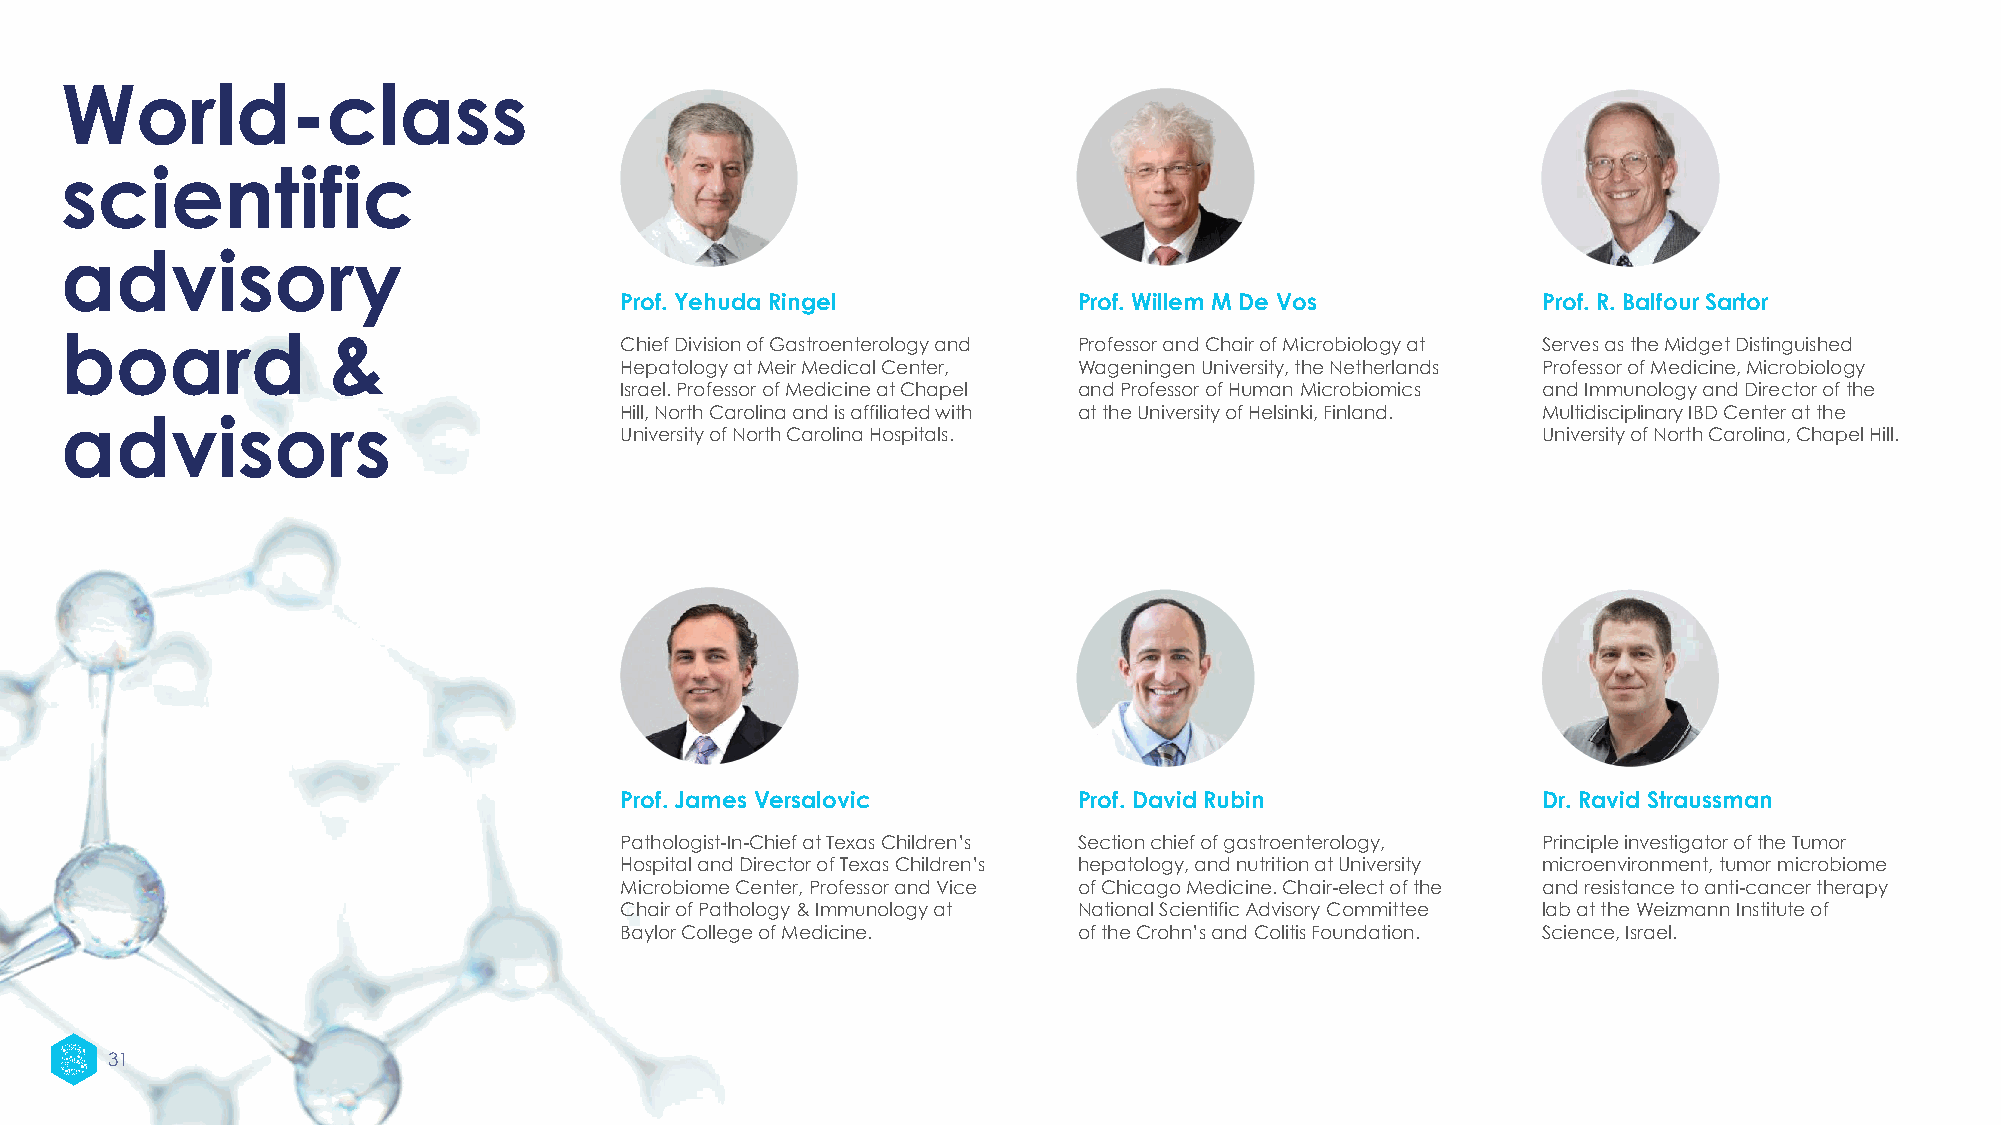
World-class
 scientific
 advisory
 Prof. Yehuda Ringel           Prof. Willem M De Vos          Prof. R. Balfour Sartor
 board             &
 Chief Division of Gastroenterology and Professor and Chair of Microbiology at Serves as the Midget Distinguished
 Hepatology at Meir Medical Center, Wageningen University, the Netherlands Professor of Medicine, Microbiology
 Israel. Professor of Medicine at Chapel and Professor of Human Microbiomics and Immunology and Director of the
 Hill, North Carolina and is affiliated with at the University of Helsinki, Finland. Multidisciplinary IBD Center at the
 advisors
 University of North Carolina Hospitals.                      University of North Carolina, Chapel Hill.
 Prof. James Versalovic        Prof. David Rubin              Dr. RavidStraussman
 Pathologist-In-Chief at Texas Children’s Section chief of gastroenterology, Principle investigator of the Tumor
 Hospital and Director of Texas Children’s hepatology, and nutrition at University microenvironment, tumor microbiome
 Microbiome Center, Professor and Vice of Chicago Medicine. Chair-elect of the and resistance to anti-cancer therapy
 Chair of Pathology & Immunology at National Scientific Advisory Committee lab at the Weizmann Institute of
 Baylor College of Medicine.   of the Crohn’s and Colitis Foundation. Science, Israel.
 31